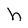
Character: h